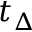
t _ { \Delta }